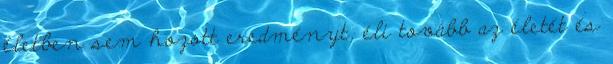
életben sem hozott eredményt, éli tovább az életét és